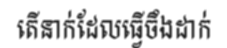
តើនាក់ដែលធ្វើចឹងដាក់